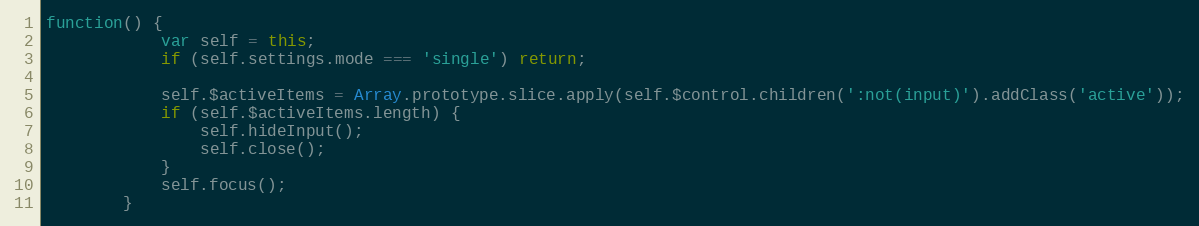
Language: JavaScript
function() {
			var self = this;
			if (self.settings.mode === 'single') return;

			self.$activeItems = Array.prototype.slice.apply(self.$control.children(':not(input)').addClass('active'));
			if (self.$activeItems.length) {
				self.hideInput();
				self.close();
			}
			self.focus();
		}